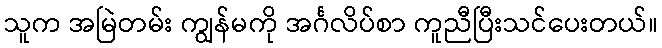
သူက အမြဲတမ်း ကျွန်မကို အင်္ဂလိပ်စာ ကူညီပြီးသင်ပေးတယ်။